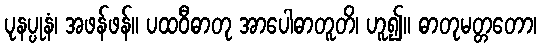
ပုနပ္ပုနံ၊ အဖန်ဖန်။ ပထဝီဓာတု အာပေါဓာတူတိ၊ ဟူ၍။ ဓာတုမတ္တတော၊